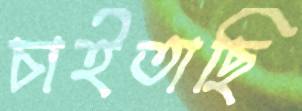
চাইতাছি